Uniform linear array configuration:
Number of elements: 64
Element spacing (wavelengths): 0.25
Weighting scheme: hann
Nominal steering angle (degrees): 60
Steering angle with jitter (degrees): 59.459
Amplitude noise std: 0.05
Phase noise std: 0.05

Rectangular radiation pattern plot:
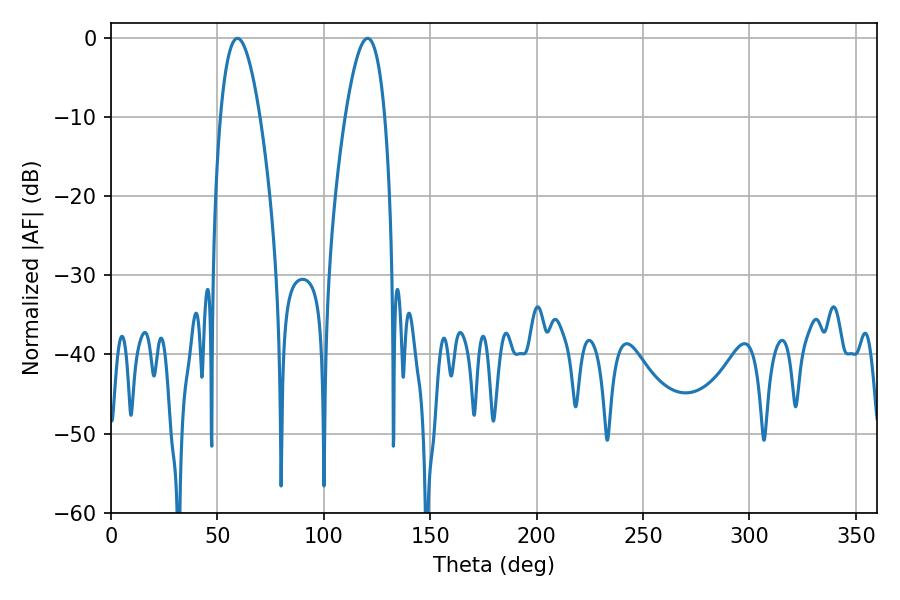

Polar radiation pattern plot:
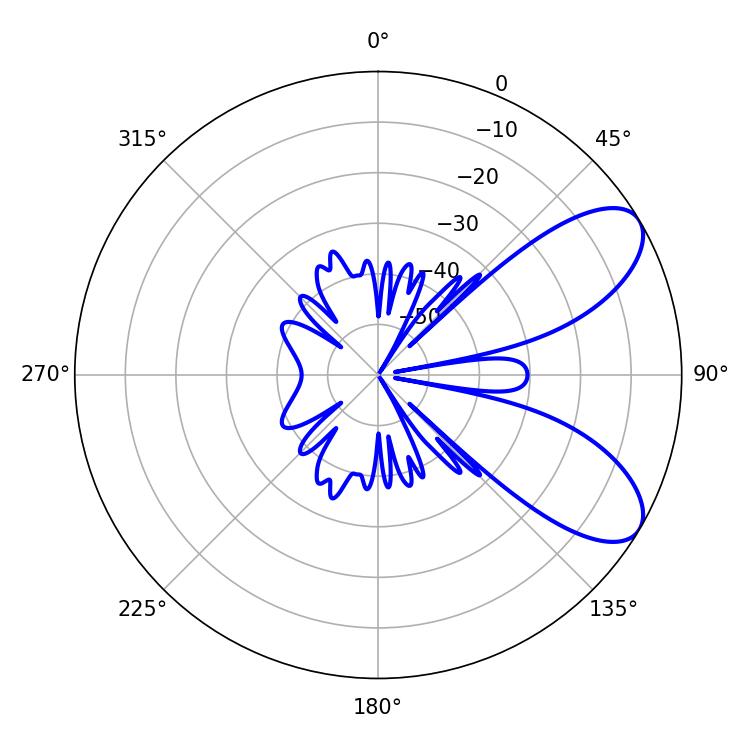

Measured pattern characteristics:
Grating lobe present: FALSE
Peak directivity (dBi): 7.81
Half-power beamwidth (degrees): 10.26
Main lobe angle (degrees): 59.4